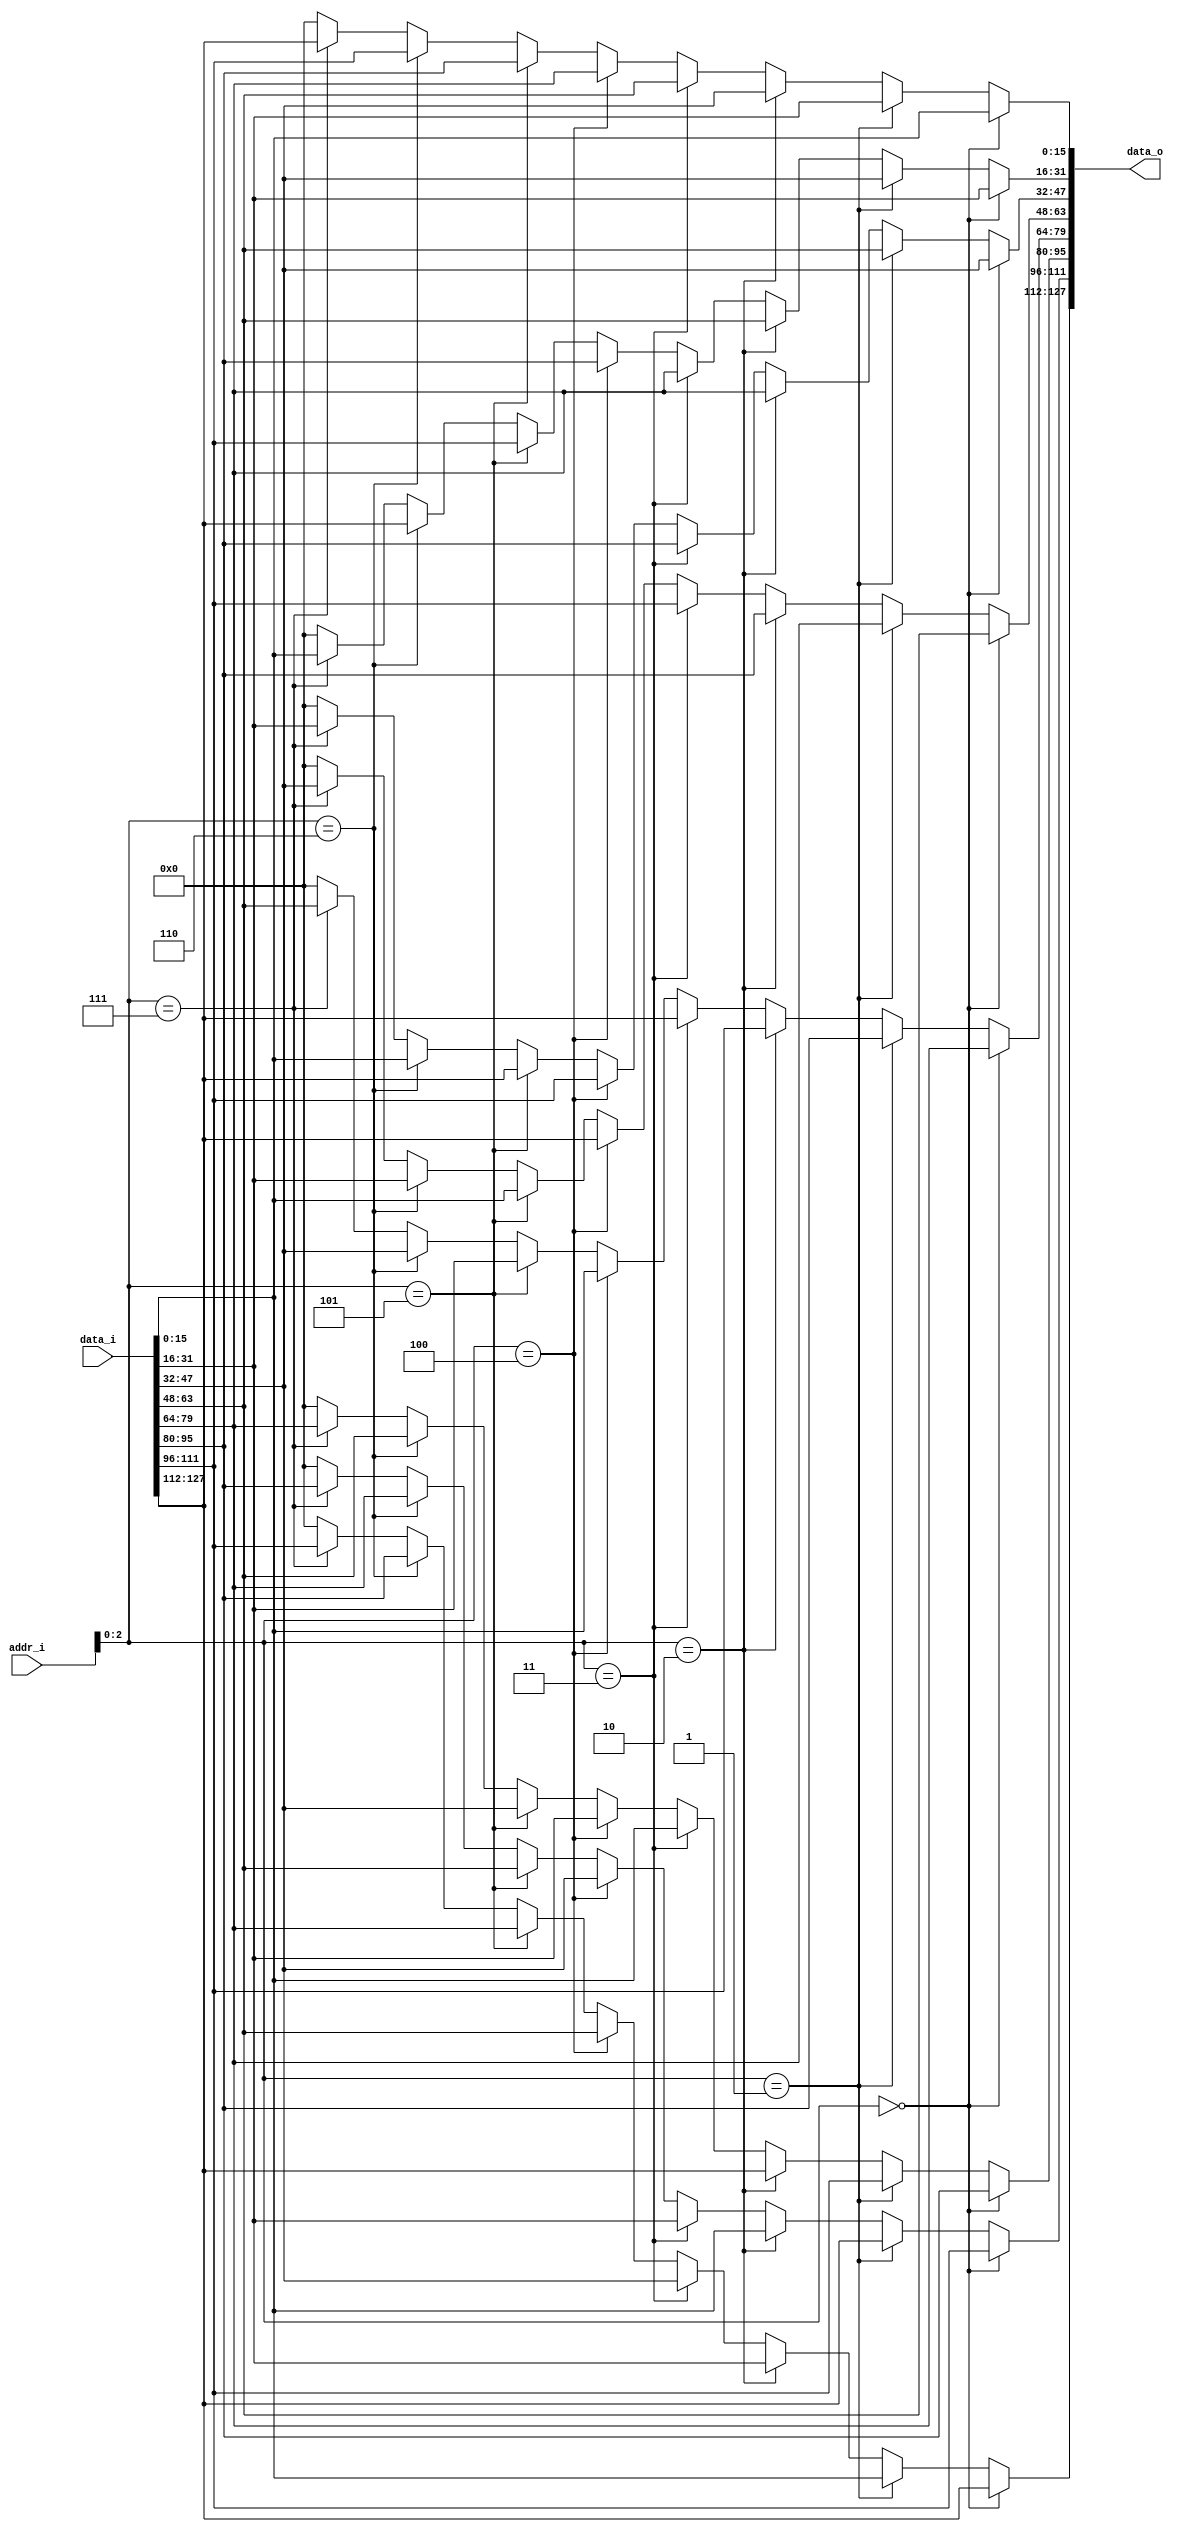
`timescale 1 ps/1 ps
module fifo_out_mux #( parameter DATA_W 		 = 16,
					   parameter ADDR_W		     = 11,
					   parameter NUM_OF_MEM 	 = 8,
					   parameter LOG2_NUM_OF_MEM = 3
					 )
					 ( input [(DATA_W*NUM_OF_MEM)-1:0] data_i,
					   input [ADDR_W-1:0]			   addr_i,
					   output[(DATA_W*NUM_OF_MEM)-1:0] data_o  
					 );
													
assign data_o[(DATA_W*1)-1:DATA_W*0] =   (addr_i[LOG2_NUM_OF_MEM-1:0] == 0) ? data_i[(DATA_W*1)-1:DATA_W*0]:
										 (addr_i[LOG2_NUM_OF_MEM-1:0] == 1) ? data_i[(DATA_W*2)-1:DATA_W*1]:
										 (addr_i[LOG2_NUM_OF_MEM-1:0] == 2) ? data_i[(DATA_W*3)-1:DATA_W*2]:
										 (addr_i[LOG2_NUM_OF_MEM-1:0] == 3) ? data_i[(DATA_W*4)-1:DATA_W*3]:
										 (addr_i[LOG2_NUM_OF_MEM-1:0] == 4) ? data_i[(DATA_W*5)-1:DATA_W*4]:
										 (addr_i[LOG2_NUM_OF_MEM-1:0] == 5) ? data_i[(DATA_W*6)-1:DATA_W*5]:
										 (addr_i[LOG2_NUM_OF_MEM-1:0] == 6) ? data_i[(DATA_W*7)-1:DATA_W*6]:
										 (addr_i[LOG2_NUM_OF_MEM-1:0] == 7) ? data_i[(DATA_W*8)-1:DATA_W*7]: {DATA_W{1'b0}};
										 
assign data_o[(DATA_W*2)-1:DATA_W*1] =   (addr_i[LOG2_NUM_OF_MEM-1:0] == 0) ? data_i[(DATA_W*2)-1:DATA_W*1]:
										 (addr_i[LOG2_NUM_OF_MEM-1:0] == 1) ? data_i[(DATA_W*3)-1:DATA_W*2]:
										 (addr_i[LOG2_NUM_OF_MEM-1:0] == 2) ? data_i[(DATA_W*4)-1:DATA_W*3]:
										 (addr_i[LOG2_NUM_OF_MEM-1:0] == 3) ? data_i[(DATA_W*5)-1:DATA_W*4]:
										 (addr_i[LOG2_NUM_OF_MEM-1:0] == 4) ? data_i[(DATA_W*6)-1:DATA_W*5]:
										 (addr_i[LOG2_NUM_OF_MEM-1:0] == 5) ? data_i[(DATA_W*7)-1:DATA_W*6]:
										 (addr_i[LOG2_NUM_OF_MEM-1:0] == 6) ? data_i[(DATA_W*8)-1:DATA_W*7]:
										 (addr_i[LOG2_NUM_OF_MEM-1:0] == 7) ? data_i[(DATA_W*1)-1:DATA_W*0]: {DATA_W{1'b0}};
										 
assign data_o[(DATA_W*3)-1:DATA_W*2] =   (addr_i[LOG2_NUM_OF_MEM-1:0] == 0) ? data_i[(DATA_W*3)-1:DATA_W*2]:
										 (addr_i[LOG2_NUM_OF_MEM-1:0] == 1) ? data_i[(DATA_W*4)-1:DATA_W*3]:
										 (addr_i[LOG2_NUM_OF_MEM-1:0] == 2) ? data_i[(DATA_W*5)-1:DATA_W*4]:
										 (addr_i[LOG2_NUM_OF_MEM-1:0] == 3) ? data_i[(DATA_W*6)-1:DATA_W*5]:
										 (addr_i[LOG2_NUM_OF_MEM-1:0] == 4) ? data_i[(DATA_W*7)-1:DATA_W*6]:
										 (addr_i[LOG2_NUM_OF_MEM-1:0] == 5) ? data_i[(DATA_W*8)-1:DATA_W*7]:
										 (addr_i[LOG2_NUM_OF_MEM-1:0] == 6) ? data_i[(DATA_W*1)-1:DATA_W*0]:
										 (addr_i[LOG2_NUM_OF_MEM-1:0] == 7) ? data_i[(DATA_W*2)-1:DATA_W*1]: {DATA_W{1'b0}};
										 
assign data_o[(DATA_W*4)-1:DATA_W*3] =   (addr_i[LOG2_NUM_OF_MEM-1:0] == 0) ? data_i[(DATA_W*4)-1:DATA_W*3]:
										 (addr_i[LOG2_NUM_OF_MEM-1:0] == 1) ? data_i[(DATA_W*5)-1:DATA_W*4]:
										 (addr_i[LOG2_NUM_OF_MEM-1:0] == 2) ? data_i[(DATA_W*6)-1:DATA_W*5]:
										 (addr_i[LOG2_NUM_OF_MEM-1:0] == 3) ? data_i[(DATA_W*7)-1:DATA_W*6]:
										 (addr_i[LOG2_NUM_OF_MEM-1:0] == 4) ? data_i[(DATA_W*8)-1:DATA_W*7]:
										 (addr_i[LOG2_NUM_OF_MEM-1:0] == 5) ? data_i[(DATA_W*1)-1:DATA_W*0]:
										 (addr_i[LOG2_NUM_OF_MEM-1:0] == 6) ? data_i[(DATA_W*2)-1:DATA_W*1]:
										 (addr_i[LOG2_NUM_OF_MEM-1:0] == 7) ? data_i[(DATA_W*3)-1:DATA_W*2]: {DATA_W{1'b0}};
										 
assign data_o[(DATA_W*5)-1:DATA_W*4] =   (addr_i[LOG2_NUM_OF_MEM-1:0] == 0) ? data_i[(DATA_W*5)-1:DATA_W*4]:
										 (addr_i[LOG2_NUM_OF_MEM-1:0] == 1) ? data_i[(DATA_W*6)-1:DATA_W*5]:
										 (addr_i[LOG2_NUM_OF_MEM-1:0] == 2) ? data_i[(DATA_W*7)-1:DATA_W*6]:
										 (addr_i[LOG2_NUM_OF_MEM-1:0] == 3) ? data_i[(DATA_W*8)-1:DATA_W*7]:
										 (addr_i[LOG2_NUM_OF_MEM-1:0] == 4) ? data_i[(DATA_W*1)-1:DATA_W*0]:
										 (addr_i[LOG2_NUM_OF_MEM-1:0] == 5) ? data_i[(DATA_W*2)-1:DATA_W*1]:
										 (addr_i[LOG2_NUM_OF_MEM-1:0] == 6) ? data_i[(DATA_W*3)-1:DATA_W*2]:
										 (addr_i[LOG2_NUM_OF_MEM-1:0] == 7) ? data_i[(DATA_W*4)-1:DATA_W*3]: {DATA_W{1'b0}};
										 
assign data_o[(DATA_W*6)-1:DATA_W*5] =   (addr_i[LOG2_NUM_OF_MEM-1:0] == 0) ? data_i[(DATA_W*6)-1:DATA_W*5]:
										 (addr_i[LOG2_NUM_OF_MEM-1:0] == 1) ? data_i[(DATA_W*7)-1:DATA_W*6]:
										 (addr_i[LOG2_NUM_OF_MEM-1:0] == 2) ? data_i[(DATA_W*8)-1:DATA_W*7]:
										 (addr_i[LOG2_NUM_OF_MEM-1:0] == 3) ? data_i[(DATA_W*1)-1:DATA_W*0]:
										 (addr_i[LOG2_NUM_OF_MEM-1:0] == 4) ? data_i[(DATA_W*2)-1:DATA_W*1]:
										 (addr_i[LOG2_NUM_OF_MEM-1:0] == 5) ? data_i[(DATA_W*3)-1:DATA_W*2]:
										 (addr_i[LOG2_NUM_OF_MEM-1:0] == 6) ? data_i[(DATA_W*4)-1:DATA_W*3]:
										 (addr_i[LOG2_NUM_OF_MEM-1:0] == 7) ? data_i[(DATA_W*5)-1:DATA_W*4]: {DATA_W{1'b0}};
										 
assign data_o[(DATA_W*7)-1:DATA_W*6] =   (addr_i[LOG2_NUM_OF_MEM-1:0] == 0) ? data_i[(DATA_W*7)-1:DATA_W*6]:
										 (addr_i[LOG2_NUM_OF_MEM-1:0] == 1) ? data_i[(DATA_W*8)-1:DATA_W*7]:
										 (addr_i[LOG2_NUM_OF_MEM-1:0] == 2) ? data_i[(DATA_W*1)-1:DATA_W*0]:
										 (addr_i[LOG2_NUM_OF_MEM-1:0] == 3) ? data_i[(DATA_W*2)-1:DATA_W*1]:
										 (addr_i[LOG2_NUM_OF_MEM-1:0] == 4) ? data_i[(DATA_W*3)-1:DATA_W*2]:
										 (addr_i[LOG2_NUM_OF_MEM-1:0] == 5) ? data_i[(DATA_W*4)-1:DATA_W*3]:
										 (addr_i[LOG2_NUM_OF_MEM-1:0] == 6) ? data_i[(DATA_W*5)-1:DATA_W*4]:
										 (addr_i[LOG2_NUM_OF_MEM-1:0] == 7) ? data_i[(DATA_W*6)-1:DATA_W*5]: {DATA_W{1'b0}};
										 
assign data_o[(DATA_W*8)-1:DATA_W*7] =   (addr_i[LOG2_NUM_OF_MEM-1:0] == 0) ? data_i[(DATA_W*8)-1:DATA_W*7]:
										 (addr_i[LOG2_NUM_OF_MEM-1:0] == 1) ? data_i[(DATA_W*1)-1:DATA_W*0]:
										 (addr_i[LOG2_NUM_OF_MEM-1:0] == 2) ? data_i[(DATA_W*2)-1:DATA_W*1]:
										 (addr_i[LOG2_NUM_OF_MEM-1:0] == 3) ? data_i[(DATA_W*3)-1:DATA_W*2]:
										 (addr_i[LOG2_NUM_OF_MEM-1:0] == 4) ? data_i[(DATA_W*4)-1:DATA_W*3]:
										 (addr_i[LOG2_NUM_OF_MEM-1:0] == 5) ? data_i[(DATA_W*5)-1:DATA_W*4]:
										 (addr_i[LOG2_NUM_OF_MEM-1:0] == 6) ? data_i[(DATA_W*6)-1:DATA_W*5]:
										 (addr_i[LOG2_NUM_OF_MEM-1:0] == 7) ? data_i[(DATA_W*7)-1:DATA_W*6]: {DATA_W{1'b0}};
endmodule